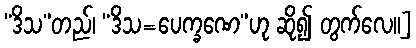
“ဒိသ”တည်၊ “ဒိသ=ပေက္ခဏေ”ဟု ဆို၍ တွက်လေ။]